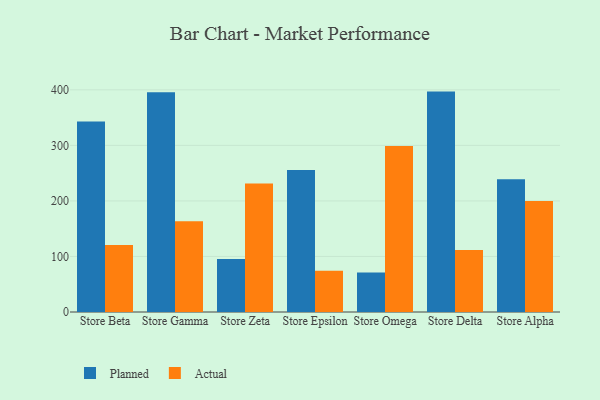
{"axis": {"x": "Store", "y": "Waste Production (Tons)"}, "legend": ["Actual", "Planned"], "data": [{"x": "Store Beta", "y": 343.0, "type": "Planned"}, {"x": "Store Beta", "y": 120.8, "type": "Actual"}, {"x": "Store Gamma", "y": 395.5, "type": "Planned"}, {"x": "Store Gamma", "y": 163.2, "type": "Actual"}, {"x": "Store Zeta", "y": 95.3, "type": "Planned"}, {"x": "Store Zeta", "y": 231.4, "type": "Actual"}, {"x": "Store Epsilon", "y": 255.8, "type": "Planned"}, {"x": "Store Epsilon", "y": 74.2, "type": "Actual"}, {"x": "Store Omega", "y": 71.1, "type": "Planned"}, {"x": "Store Omega", "y": 298.7, "type": "Actual"}, {"x": "Store Delta", "y": 396.8, "type": "Planned"}, {"x": "Store Delta", "y": 111.4, "type": "Actual"}, {"x": "Store Alpha", "y": 238.9, "type": "Planned"}, {"x": "Store Alpha", "y": 199.9, "type": "Actual"}]}